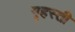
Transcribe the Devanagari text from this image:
गृहस्ती